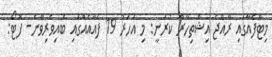
މިޓްފެއާގައި ރާއްޖެ އިޝްތިހާރު ކުރަނީ: މި އަހަރު 19 ފެއާއެއްގައި ބައިވެރިވާނެ- ފޮޓޯ: